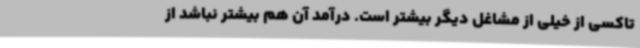
تاکسی از خیلی از مشاغل دیگر بیشتر است. درآمد آن هم بیشتر نباشد از